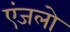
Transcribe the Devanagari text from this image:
एंजलो